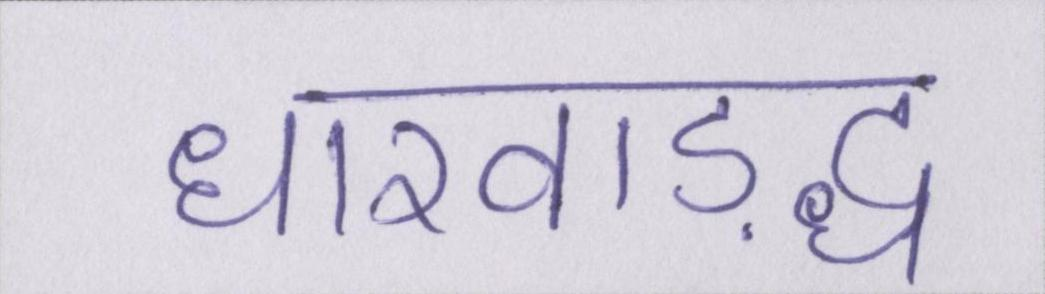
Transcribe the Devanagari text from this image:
धारवाड़द्ध